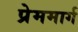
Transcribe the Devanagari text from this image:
प्रेममार्ग